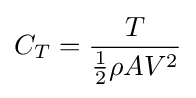
C_{T}={\frac {T}{{\frac {1}{2}}\rho AV^{2}}}